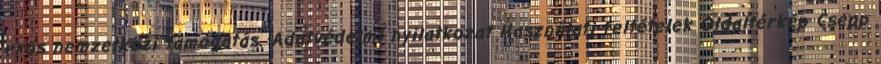
erős nemzetközi támogatás. Adatvédelmi nyilatkozat Használati feltételek Oldaltérkép Csepp